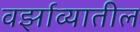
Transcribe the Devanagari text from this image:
वर्झाव्यातील